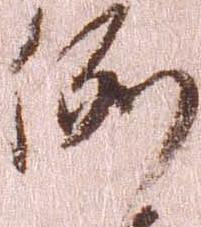
例